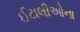
ઈટાલીઓના